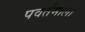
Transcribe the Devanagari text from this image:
पवर्तमाला